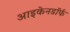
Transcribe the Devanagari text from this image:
आइकेनडॉर्फ